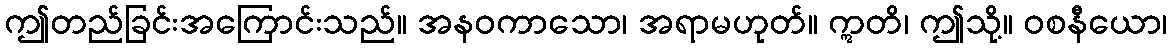
ဤတည်ခြင်းအကြောင်းသည်။ အနဝကာသော၊ အရာမဟုတ်။ ဣတိ၊ ဤသို့။ ဝစနီယော၊